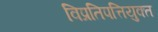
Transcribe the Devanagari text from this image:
विप्रतिपत्तियुक्त